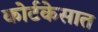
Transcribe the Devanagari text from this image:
कोर्टकेसात